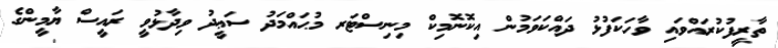
ތާރީފުކުރައްވައި ވާހަކަފުޅު ދައްކަވަމުން އިކޮނޮމިކް މިނިސްޓަރ މުޙައްމަދު ސަޢީދު ވިދާޅުވީ ރައީސް ޔާމީންގެ